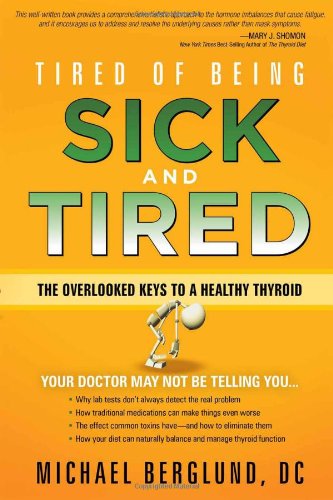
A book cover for Tired of Being Sick and Tired: The Overlooked Keys to a Healthy Thyroid; Michael Berglund; Health, Fitness & Dieting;